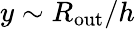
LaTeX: y\sim R_{\mathrm{out}}/h